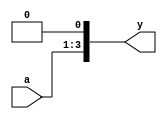
/* Generated by Yosys 0.9 (git sha1 1979e0b) */

module mul2(a, y);
  input [2:0] a;
  output [3:0] y;
  assign y = { a, 1'h0 };
endmodule